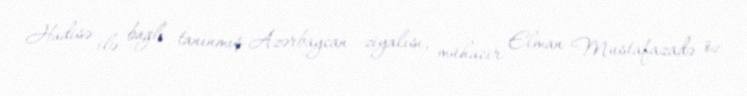
Hadisə ilə bağlı tanınmış Azərbaycan ziyalısı, mühacir Elman Mustafazadə öz